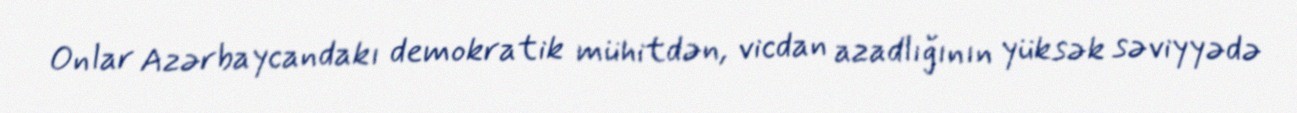
Onlar Azərbaycandakı demokratik mühitdən, vicdan azadlığının yüksək səviyyədə